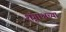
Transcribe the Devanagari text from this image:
शृंगाश्वच्या